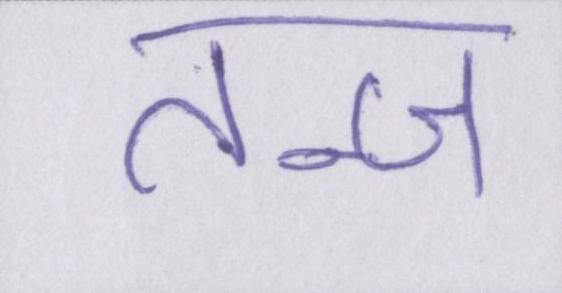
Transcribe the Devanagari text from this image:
तन्ज